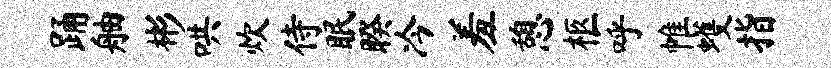
踊舳彬哄炊侍眠睽冷羞憩柩呼帷蠖指